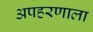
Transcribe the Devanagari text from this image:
अपहरणाला